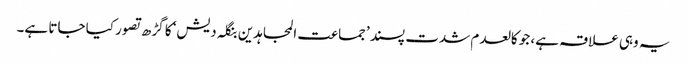
یہ وہی علاقہ ہے، جو کالعدم شدت پسند ’جماعت المجاہدین بنگلہ دیش‘ کا گڑھ تصور کیا جاتا ہے۔